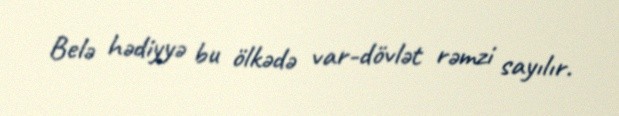
Belə hədiyyə bu ölkədə var-dövlət rəmzi sayılır.